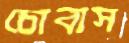
চোবাস